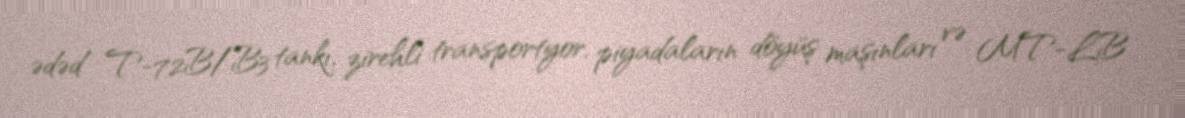
ədəd T-72B/B3 tankı, zirehli transportyor, piyadaların döyüş maşınları və MT-LB